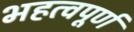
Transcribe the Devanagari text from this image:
भहत्वपूर्ण